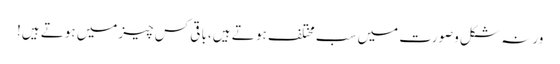
ورنہ شکل وصورت میں سب مختلف ہو تے ہیں،با قی کس چیزمیں ہوتے ہیں!